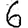
Digit: 6